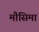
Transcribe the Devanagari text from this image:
मौसिमा